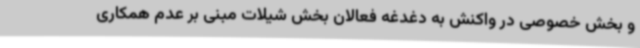
و بخش خصوصی در واکنش به دغدغه فعالان بخش شیلات مبنی بر عدم همکاری